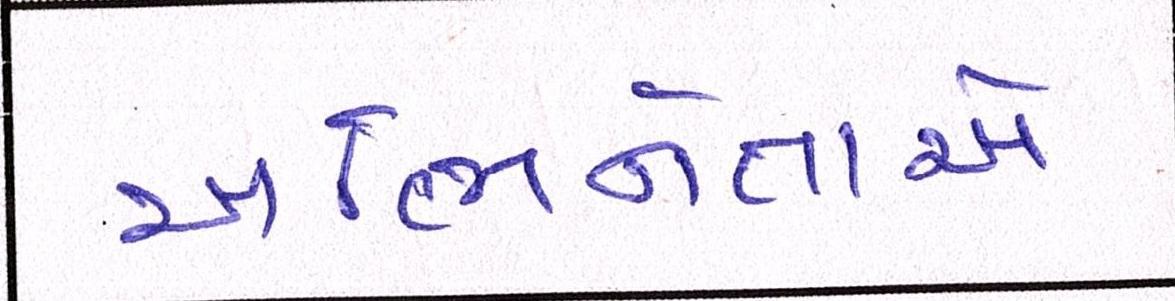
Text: અભિનેતાએ